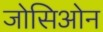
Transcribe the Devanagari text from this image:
जोसिओन